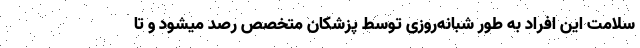
سلامت این افراد به طور شبانه‌روزی توسط پزشکان متخصص رصد میشود و تا